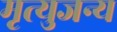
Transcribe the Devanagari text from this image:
मृत्युजन्य